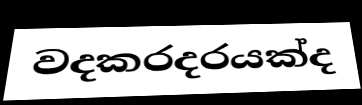
වදකරදරයක්ද